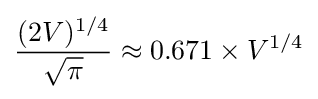
{\frac {(2V)^{1/4}}{\sqrt {\pi }}}\approx 0.671\times V^{1/4}